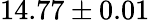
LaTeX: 14.77\pm 0.01